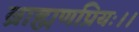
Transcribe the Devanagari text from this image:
ब्राह्मणप्रियः।।